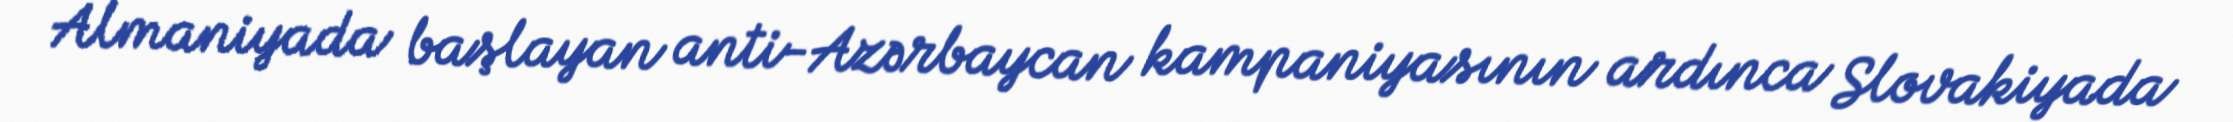
Almaniyada başlayan anti-Azərbaycan kampaniyasının ardınca Slovakiyada